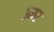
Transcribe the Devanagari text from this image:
उनर